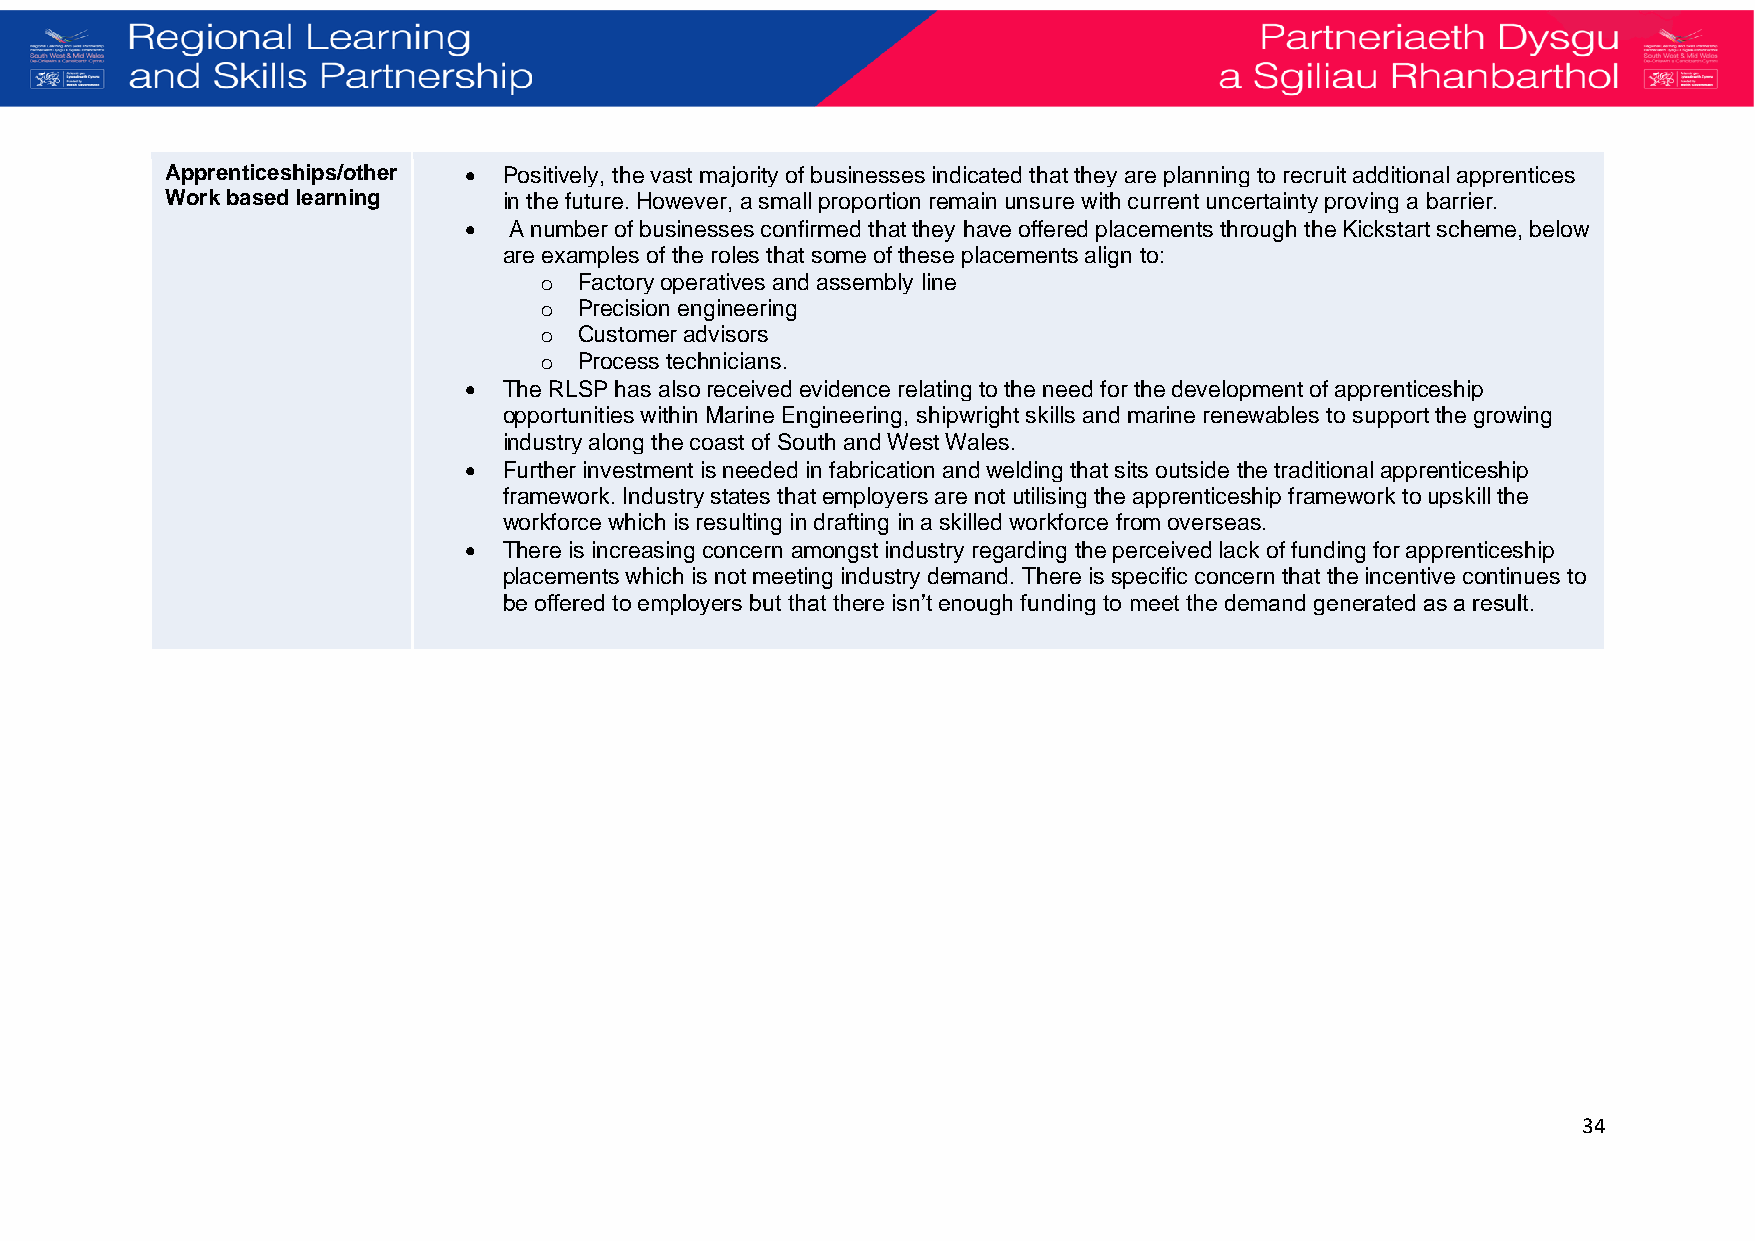
Apprenticeships/other • Positively, the vast majority of businesses indicated that they are planning to recruit additional apprentices
 Work based learning   in the future. However, a small proportion remain unsure with current uncertainty proving a barrier.
 •  A number of businesses confirmed that they have offered placements through the Kickstart scheme, below
 are examples of the roles that some of these placements align to:
 o Factory operatives and assembly line
 o Precision engineering
 o Customer advisors
 o Process technicians.
 • The RLSP has also received evidence relating to the need for the development of apprenticeship
 opportunities within Marine Engineering, shipwright skills and marine renewables to support the growing
 industry along the coast of South and West Wales.
 • Further investment is needed in fabrication and welding that sits outside the traditional apprenticeship
 framework. Industry states that employers are not utilising the apprenticeship framework to upskill the
 workforce which is resulting in drafting in a skilled workforce from overseas.
 • There is increasing concern amongst industry regarding the perceived lack of funding for apprenticeship
 placements which is not meeting industry demand. There is specific concern that the incentive continues to
 be offered to employers but that there isn’t enough funding to meet the demand generated as a result.
 34